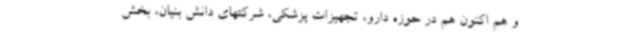
و هم اکنون هم در حوزه دارو، تجهیزات پزشکی، شرکتهای دانش بنیان، بخش